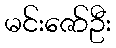
မင်းဇော်ဦး